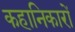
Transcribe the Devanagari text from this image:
कहानिकारों